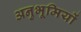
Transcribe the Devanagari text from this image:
अनुभूमियों